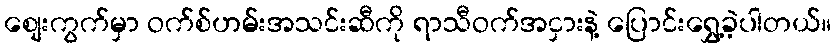
စျေးကွက်မှာ ဝက်စ်ဟမ်းအသင်းဆီကို ရာသီဝက်အငှားနဲ့ ပြောင်းရွှေ့ခဲ့ပါတယ်။